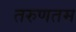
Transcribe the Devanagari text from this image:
तरुणतम